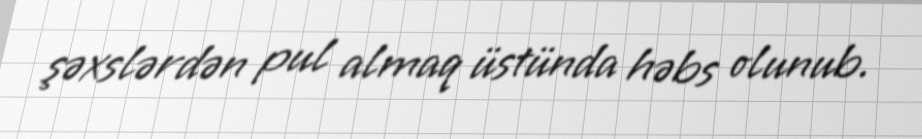
şəxslərdən pul almaq üstünda həbs olunub.